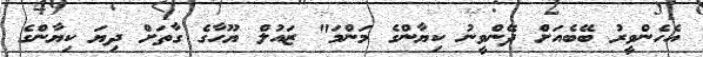
އެހެންވީރު ބޭބެއަށް ދޭންވީނު ކިޔާންގެ މަންމަ" ޒައުލް ޔޫހާގެ ގާތަށް ދިޔަ ކިޔާންގެ